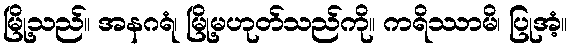
မြို့သည်။ အနဂရံ၊ မြို့မဟုတ်သည်ကို။ ကရိဿာမိ၊ ပြုအံ့။